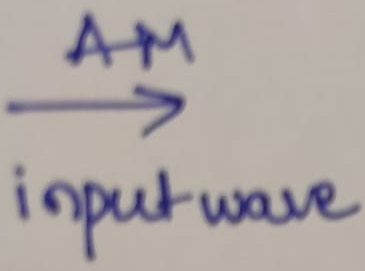
Text: AM input wave